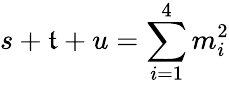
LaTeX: s+\mathfrak{t}+u=\sum_{i=1}^{4}m_{i}^{2}